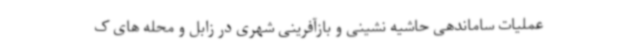
عملیات ساماندهی حاشیه نشینی و بازآفرینی شهری در زابل و محله های ک